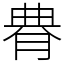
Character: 䐌